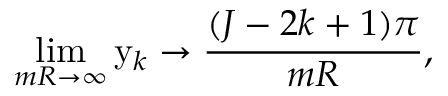
\operatorname * { l i m } _ { m R \to \infty } \mathrm { y } _ { k } \to { \frac { ( J - 2 k + 1 ) \pi } { m R } } ,